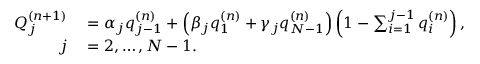
\begin{array} { r l } { Q _ { j } ^ { ( n + 1 ) } } & { { } = \alpha _ { j } q _ { j - 1 } ^ { ( n ) } + \left( \beta _ { j } q _ { 1 } ^ { ( n ) } + \gamma _ { j } q _ { N - 1 } ^ { ( n ) } \right) \left( 1 - \sum _ { i = 1 } ^ { j - 1 } q _ { i } ^ { ( n ) } \right) , } \\ { j } & { { } = 2 , \ldots , N - 1 . } \end{array}